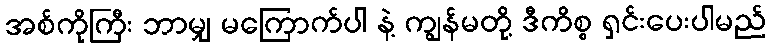
အစ်ကိုကြီး ဘာမျှ မကြောက်ပါ နဲ့ ကျွန်မတို့ ဒီကိစ္စ ရှင်းပေးပါမည်